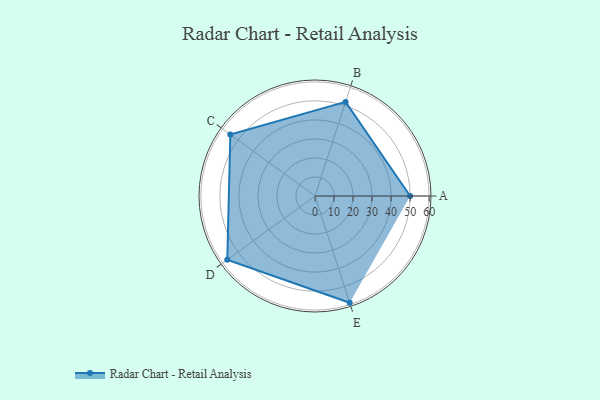
{"axis": {"x": "Skill", "y": "Score"}, "legend": ["Profile"], "data": [{"x": "A", "y": 50.0, "type": "Profile"}, {"x": "B", "y": 52.0, "type": "Profile"}, {"x": "C", "y": 55.0, "type": "Profile"}, {"x": "D", "y": 57.0, "type": "Profile"}, {"x": "E", "y": 59.0, "type": "Profile"}]}